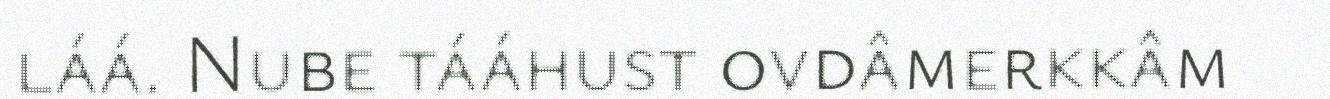
láá. Nube tááhust ovdâmerkkâm